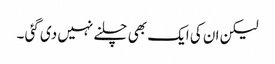
لیکن ان کی ایک بھی چلنے نہیں دی گئی ۔